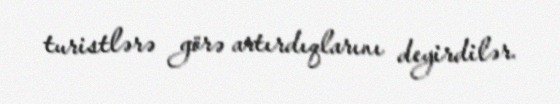
turistlərə görə artırdıqlarını deyirdilər.